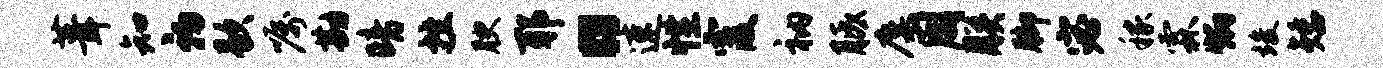
葺知初歇嘱勘暗挫腴耶。速性霞衲胝麋周朕脚宓稼霖炳竣矮